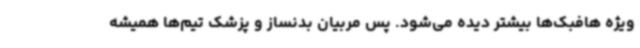
ویژه هافبک‌ها بیشتر دیده می‌شود. پس مربیان بدنساز و پزشک تیم‌ها همیشه